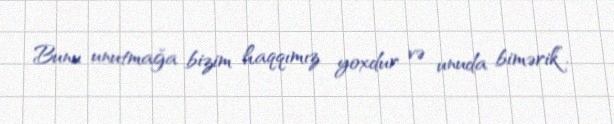
Bunu unutmağa bizim haqqımız yoxdur və unuda bimərik”.